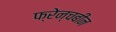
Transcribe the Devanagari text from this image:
फ्रेन्चबीन